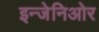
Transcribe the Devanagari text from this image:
इन्जेनिओर